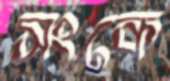
সংকে